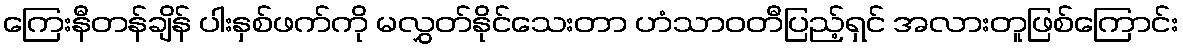
ကြေးနီတန်ချိန် ပါးနှစ်ဖက်ကို မလွှတ်နိုင်သေးတာ ဟံသာဝတီပြည့်ရှင် အလားတူဖြစ်ကြောင်း